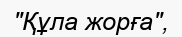
"Құла жорға",